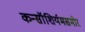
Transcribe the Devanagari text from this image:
कन्सॉशिर्यमसमोर